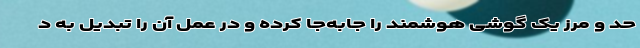
حد و مرز یک گوشی هوشمند را جابه‌جا کرده و در عمل آن را تبدیل به د